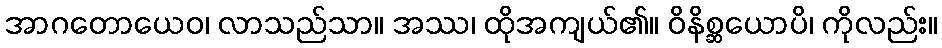
အာဂတောယေဝ၊ လာသည်သာ။ အဿ၊ ထိုအကျယ်၏။ ဝိနိစ္ဆယောပိ၊ ကိုလည်း။